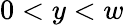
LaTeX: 0<y<w